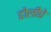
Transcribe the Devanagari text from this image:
ढोलीचे